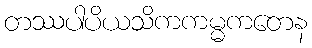
တဿပါပိယသိကကမ္မကတေန